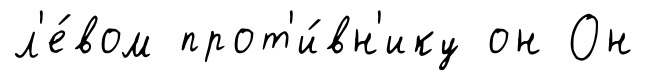
л'е́вом прот'и́вн'ику он Он